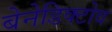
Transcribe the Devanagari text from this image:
बेनेडिक्टोव